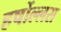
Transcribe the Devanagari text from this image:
हर्षोल्लस